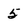
Character: 5